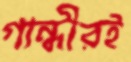
গান্ধীরই